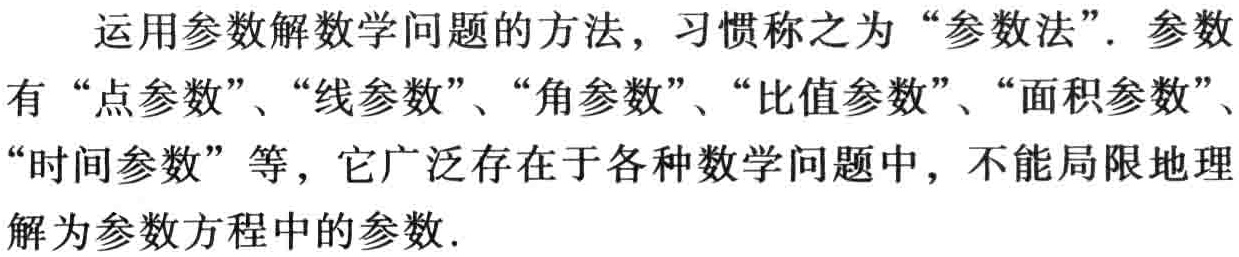
运用参数解数学问题的方法，习惯称之为“参数法”. 参数有“点参数”、“线参数”、“角参数”、“比值参数”、“面积参数”、“时间参数”等，它广泛存在于各种数学问题中，不能局限地理解为参数方程中的参数.